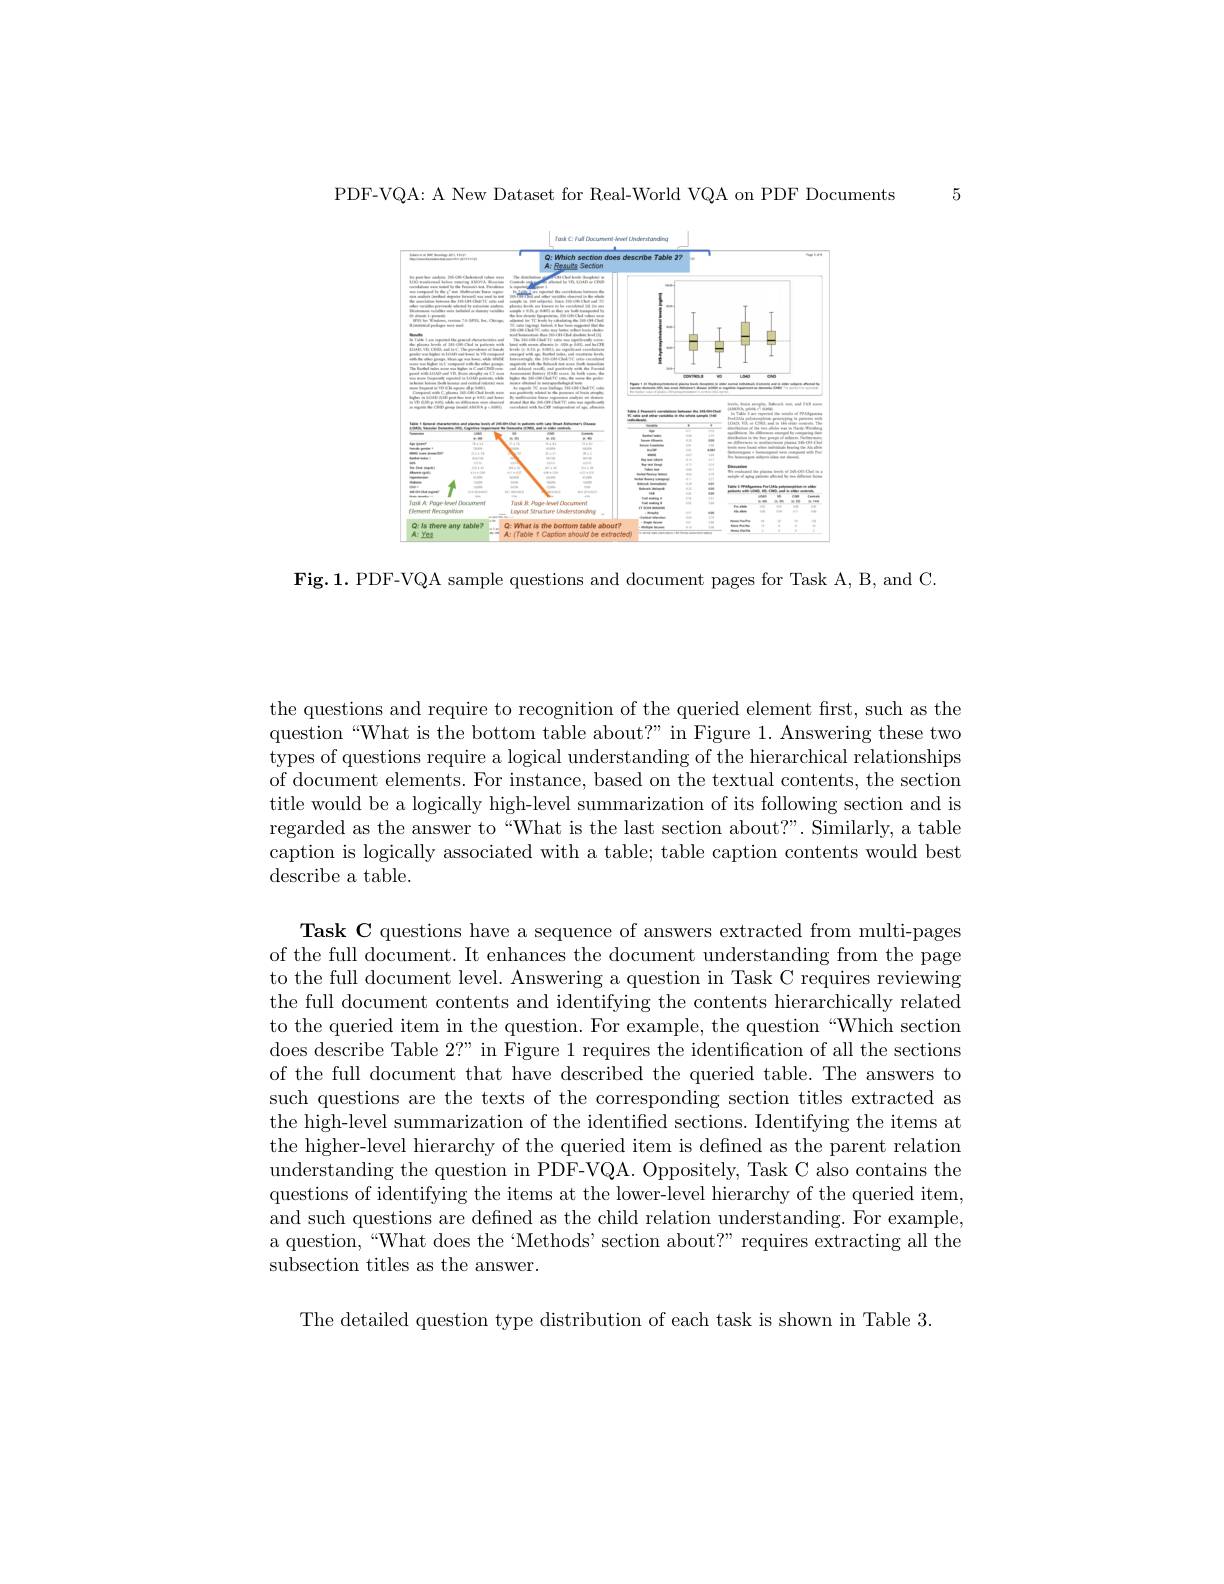
5

PDF-VQA: A New Dataset for Real-World VQA on PDF Documents

<FigureHere>

Fig.1.PDF-VQA sample questions and document pages for Task A, B, and C.

the questions and require to recognition of the queried element first, such as the question“What is the bottom table about?” in Figure 1. Answering these two types of questions require a logical understanding of the hierarchical relationships of document elements. For instance, based on the textual contents, the section title would be a logically high-level summarization of its following section and is regarded as the answer to“What is the last section about?”. Similarly, a table caption is logically associated with a table; table caption contents would best describe a table.

Task C questions have a sequence of answers extracted from multi-pages of the full document. It enhances the document understanding from the page to the full document level. Answering a question in Task C requires reviewing the full document contents and identifying the contents hierarchically related to the queried item in the question. For example, the question“Which section does describe Table $2?”$ in Figure 1 requires the identification of all the sections of the full document that have described the queried table. The answers to such questions are the texts of the corresponding section titles extracted as the high-level summarization of the identified sections. Identifying the items at the higher-level hierarchy of the queried item is defined as the parent relation understanding the question in PDF-VQA. Oppositely, Task C also contains the questions of identifying the items at the lower-level hierarchy of the queried item, and such questions are defined as the child relation understanding. For example, a question,“What does the‘Methods’section about?”requires extracting all the subsection titles as the answer.

The detailed question type distribution of each task is shown in Table 3